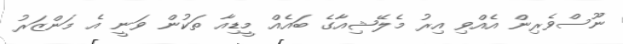
ނޫސްވެރިން އެއްވި އިރު މެލޭޝިއާގެ ބައެއް މީޑިއާ ތަކުން ވަނީ އެ މަންޒަރު